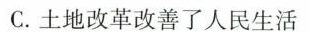
C.土地改革改善了人民生活